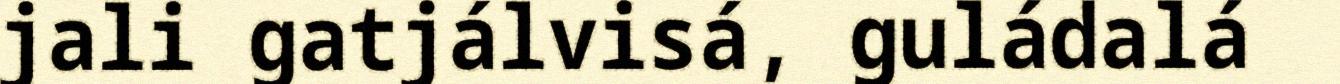
jali gatjálvisá, guládalá